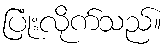
ပြုံးလိုက်သည်။